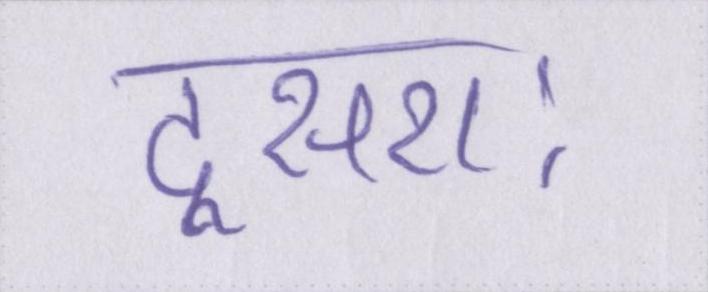
दूसराः